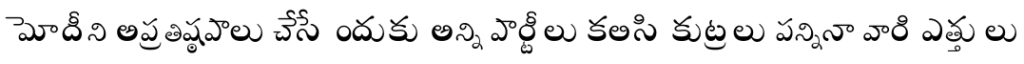
మోదీని అప్రతిష్ఠపాలు చేసేందుకు అన్ని పార్టీలు కలిసి కుట్రలు పన్నినా వారి ఎత్తులు